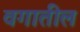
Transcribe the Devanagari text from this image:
वगातील